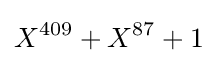
X^{409}+X^{87}+1